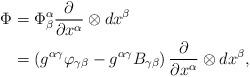
LaTeX: \begin{align*}\Phi & = \Phi_{\beta}^{\alpha}\frac{\partial}{\partial x^{\alpha}}\otimes dx^{\beta}\\& = \left(g^{\alpha\gamma}\varphi_{\gamma\beta}-g^{\alpha\gamma}B_{\gamma\beta}\right)\frac{\partial}{\partial x^{\alpha}}\otimes dx^{\beta},\end{align*}